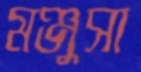
মঞ্জুসা